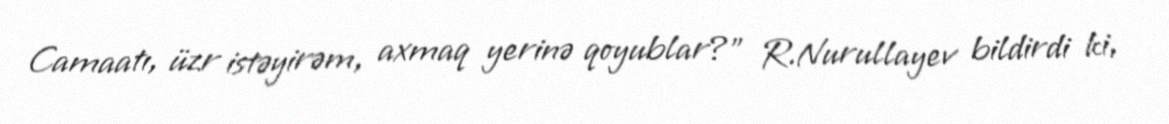
Camaatı, üzr istəyirəm, axmaq yerinə qoyublar?” R.Nurullayev bildirdi ki,